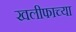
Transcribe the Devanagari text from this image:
खलीफाच्या